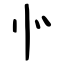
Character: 㣺